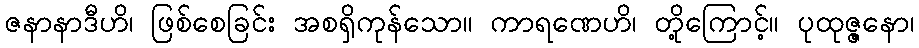
ဇနာနာဒီဟိ၊ ဖြစ်စေခြင်း အစရှိကုန်သော။ ကာရဏေဟိ၊ တို့ကြောင့်။ ပုထုဇ္ဇနော၊